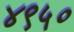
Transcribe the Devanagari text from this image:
४९५०